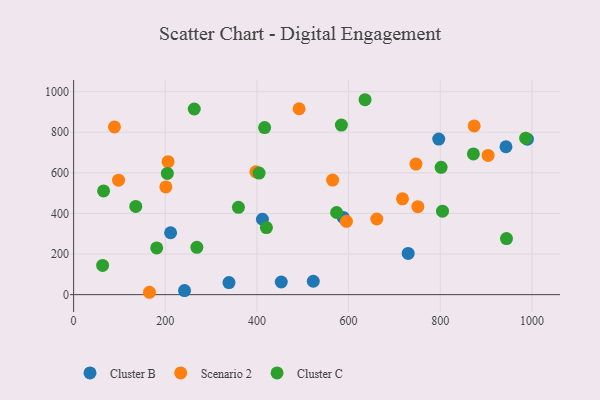
{"axis": {"x": "Price", "y": "Yield"}, "legend": ["Cluster B", "Cluster C", "Scenario 2"], "data": [{"x": "730.0", "y": 203.1, "type": "Cluster B"}, {"x": "211.6", "y": 304.9, "type": "Cluster B"}, {"x": "523.0", "y": 65.9, "type": "Cluster B"}, {"x": "242.0", "y": 20.3, "type": "Cluster B"}, {"x": "453.1", "y": 62.3, "type": "Cluster B"}, {"x": "943.4", "y": 728.7, "type": "Cluster B"}, {"x": "990.1", "y": 765.8, "type": "Cluster B"}, {"x": "796.7", "y": 766.4, "type": "Cluster B"}, {"x": "339.0", "y": 59.3, "type": "Cluster B"}, {"x": "588.2", "y": 380.4, "type": "Cluster B"}, {"x": "412.0", "y": 371.4, "type": "Cluster B"}, {"x": "165.5", "y": 11.7, "type": "Scenario 2"}, {"x": "747.0", "y": 643.4, "type": "Scenario 2"}, {"x": "206.1", "y": 655.2, "type": "Scenario 2"}, {"x": "717.6", "y": 472.0, "type": "Scenario 2"}, {"x": "89.1", "y": 826.4, "type": "Scenario 2"}, {"x": "397.7", "y": 604.9, "type": "Scenario 2"}, {"x": "751.1", "y": 433.3, "type": "Scenario 2"}, {"x": "661.6", "y": 372.7, "type": "Scenario 2"}, {"x": "492.0", "y": 915.9, "type": "Scenario 2"}, {"x": "98.1", "y": 564.1, "type": "Scenario 2"}, {"x": "595.3", "y": 361.1, "type": "Scenario 2"}, {"x": "904.4", "y": 686.1, "type": "Scenario 2"}, {"x": "565.2", "y": 564.4, "type": "Scenario 2"}, {"x": "874.0", "y": 831.3, "type": "Scenario 2"}, {"x": "201.3", "y": 530.8, "type": "Scenario 2"}, {"x": "181.3", "y": 230.3, "type": "Cluster C"}, {"x": "801.9", "y": 627.1, "type": "Cluster C"}, {"x": "204.5", "y": 597.3, "type": "Cluster C"}, {"x": "872.3", "y": 693.1, "type": "Cluster C"}, {"x": "420.7", "y": 330.4, "type": "Cluster C"}, {"x": "135.6", "y": 434.8, "type": "Cluster C"}, {"x": "635.9", "y": 960.3, "type": "Cluster C"}, {"x": "944.5", "y": 276.3, "type": "Cluster C"}, {"x": "804.9", "y": 411.2, "type": "Cluster C"}, {"x": "584.3", "y": 835.5, "type": "Cluster C"}, {"x": "65.4", "y": 511.2, "type": "Cluster C"}, {"x": "268.9", "y": 233.2, "type": "Cluster C"}, {"x": "359.6", "y": 430.3, "type": "Cluster C"}, {"x": "63.3", "y": 143.8, "type": "Cluster C"}, {"x": "263.2", "y": 914.6, "type": "Cluster C"}, {"x": "404.7", "y": 598.7, "type": "Cluster C"}, {"x": "416.7", "y": 823.3, "type": "Cluster C"}, {"x": "986.4", "y": 770.8, "type": "Cluster C"}, {"x": "573.8", "y": 404.6, "type": "Cluster C"}]}